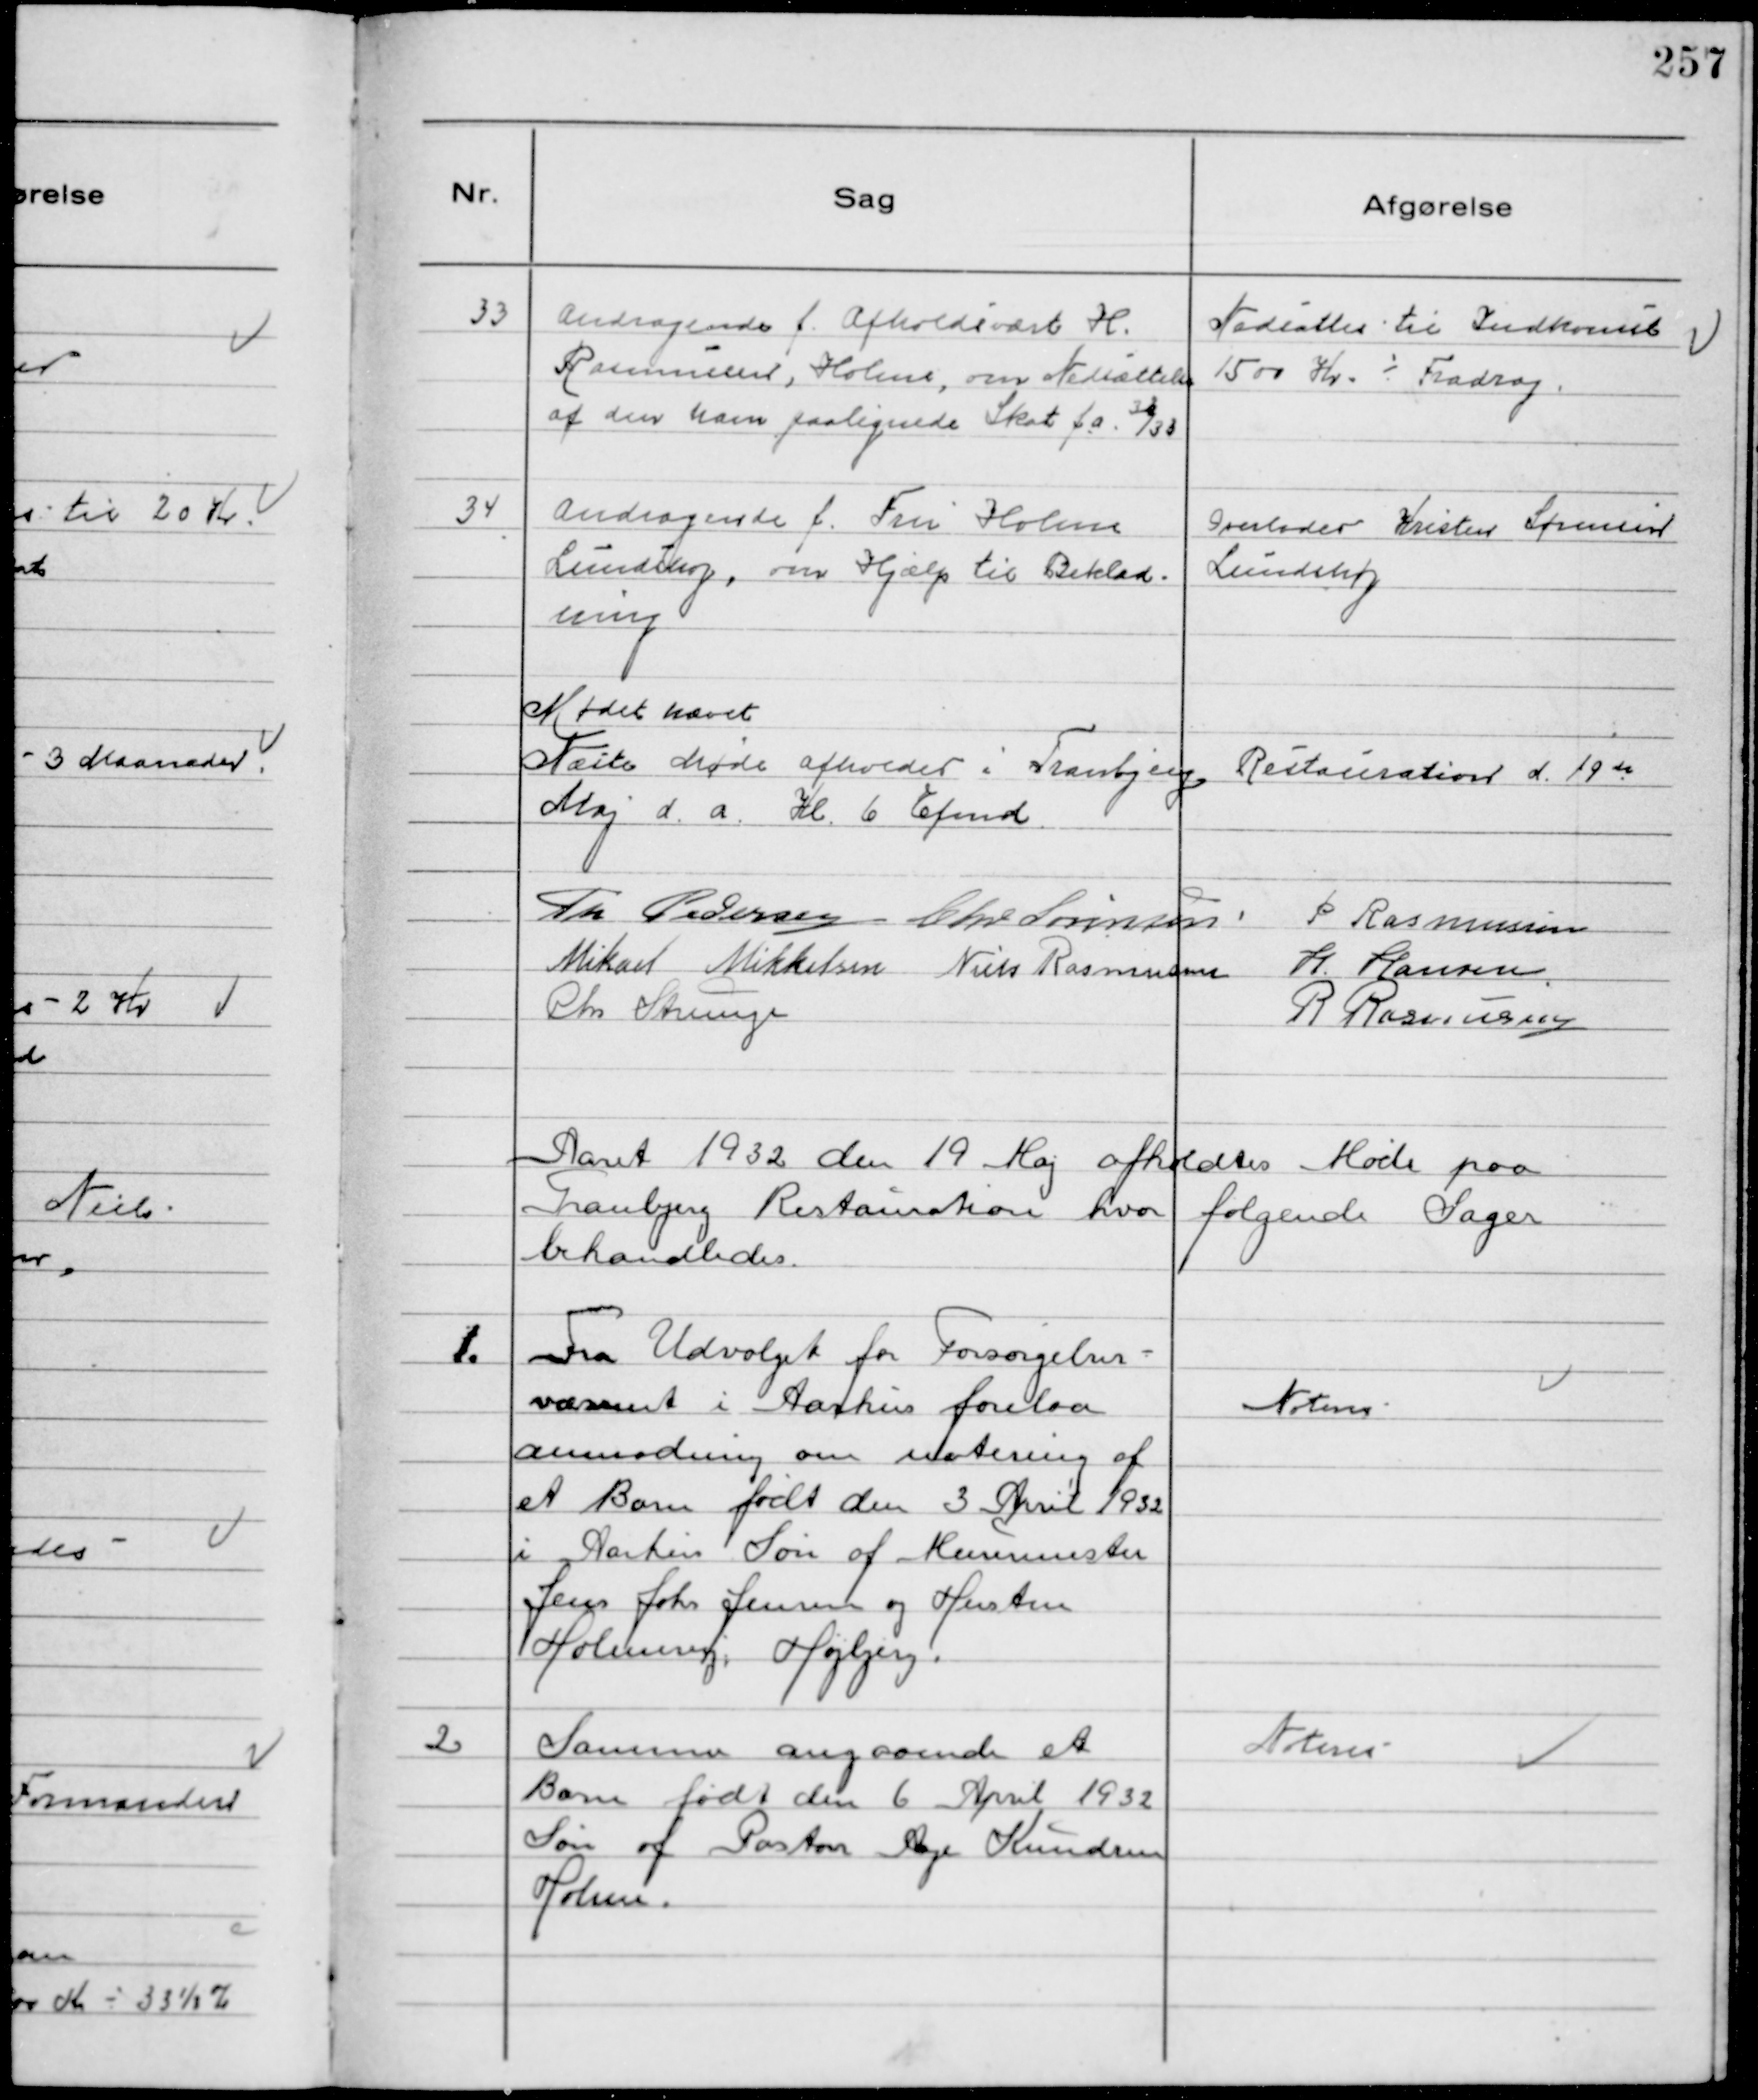
Transskription:
33
Andragende f. Afholdsvært H.
Rasmussen, Holme, om Nedsættelse
af den ham paalignede Skat f.a. 32/33

Nedsattes til Indkomst
1500 Kr. ÷ Fradrag.

34
Andragende f. Fru Holm
Lundshøj, om Hjælp til Beklæd-
ning

Overlodes Kristen Sørensen
Lundshøj

Mødet hævet
Næste Møde afholdes i Tranbjerg Restauration d. 19de
Maj d.a. Kl. 6 Efmd
Th Pedersen Chr Sørensen P Rasmussen
Mikael Mikkelsen Niels Rasmussen H. Hansen
Chr Strunge
R Rasmussen

Aaret 1932 den 19 Maj afholdtes Møde paa
Tranbjerg Restauration hvor følgende Sager
behandledes.

1.
Fra Udvalget for Forsørgelses-
væsenet i Aarhus forelaa
anmodning om notering af
et Barn født den 3 April 1932
i Aarhus Søn af Murermester
Jens Johs Jensen og Hustru
Holmevej, Højbjerg.

Noteres

2
Samme angaaende et
Barn født den 6 April 1932
Søn af Pastor Aage Knudsen
Holme.

Noteres